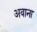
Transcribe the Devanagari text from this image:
अवाना